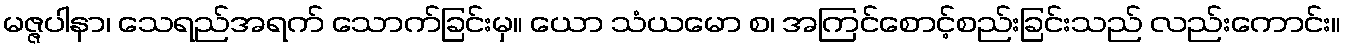
မဇ္ဇပါနာ၊ သေရည်အရက် သောက်ခြင်းမှ။ ယော သံယမော စ၊ အကြင်စောင့်စည်းခြင်းသည် လည်းကောင်း။